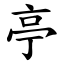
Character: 亭